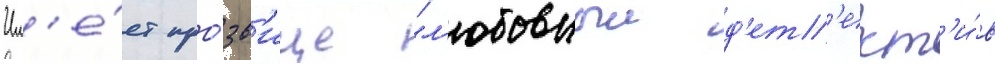
Им'е́ет про́зв'ище "л'юбовныи д'ет'ект'и́в